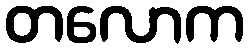
တလောက